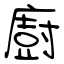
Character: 廚